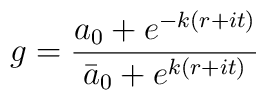
g   = {{a_0 +e^{-k(r+it)}}\over{\bar a_0 + e^{k(r+it)}}}